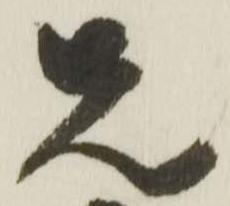
先